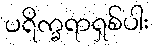
ပရိက္ခရာရှစ်ပါး